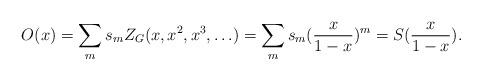
LaTeX: \begin{align*}O(x) = \sum_{m} s_m Z_G(x, x^2, x^3, \ldots) = \sum_m s_m (\frac{x}{1-x})^m = S(\frac{x}{1-x}).\end{align*}